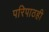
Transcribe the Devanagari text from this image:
परिपाठही